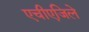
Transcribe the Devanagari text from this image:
एचीएजिले